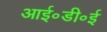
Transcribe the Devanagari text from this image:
आई॰डी॰ई